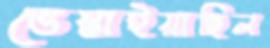
ভেস্তাইয়াছিল